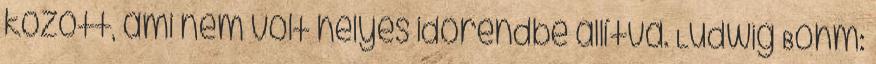
között, ami nem volt helyes időrendbe állítva. Ludwig Böhm: